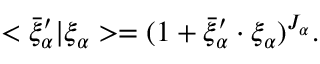
< \bar { \xi } _ { \alpha } ^ { \prime } \vert \xi _ { \alpha } > = ( 1 + \bar { \xi } _ { \alpha } ^ { \prime } \cdot \xi _ { \alpha } ) ^ { J _ { \alpha } } .